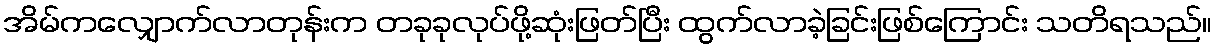
အိမ်ကလျှောက်လာတုန်းက တခုခုလုပ်ဖို့ဆုံးဖြတ်ပြီး ထွက်လာခဲ့ခြင်းဖြစ်ကြောင်း သတိရသည်။